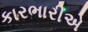
કારભારીએ